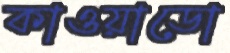
কাওয়াডো